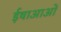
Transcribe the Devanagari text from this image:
ईषाआओं